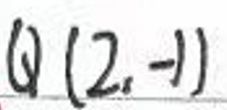
$Q(2,-1)$